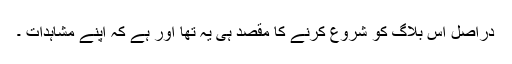
دراصل اس بلاگ کو شروع کرنے کا مقصد ہی يہ تھا اور ہے کہ اپنے مشاہدات ۔